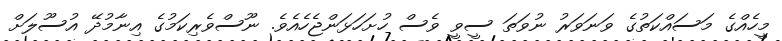
މީހެއްގެ މަސައްކަތުގެ ވަނަވަރު ނުވަތަ ސީވީ ވެސް ހުށަހަޅަންޖެހެއެވެ. ނޫސްވެރިކަމުގެ އިނާމުދޭ އުސޫލަށް